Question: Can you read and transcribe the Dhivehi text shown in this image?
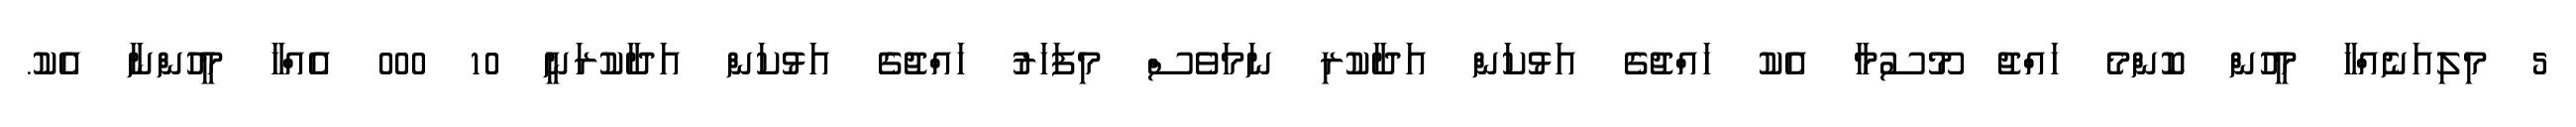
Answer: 5 މިލިއަނެއްހާ މީހުން ކޮންމެ ހައްޖު މޫސުމާ އެކު ހައްޖުގެ އަޅުކަން އަދާކުރި ނަމަވެސް މިފަހަރު ހައްޖުގެ އަޅުކަން އަދާކުރަނީ 10 000 އެއްހާ މީހުންނާ އެކު.